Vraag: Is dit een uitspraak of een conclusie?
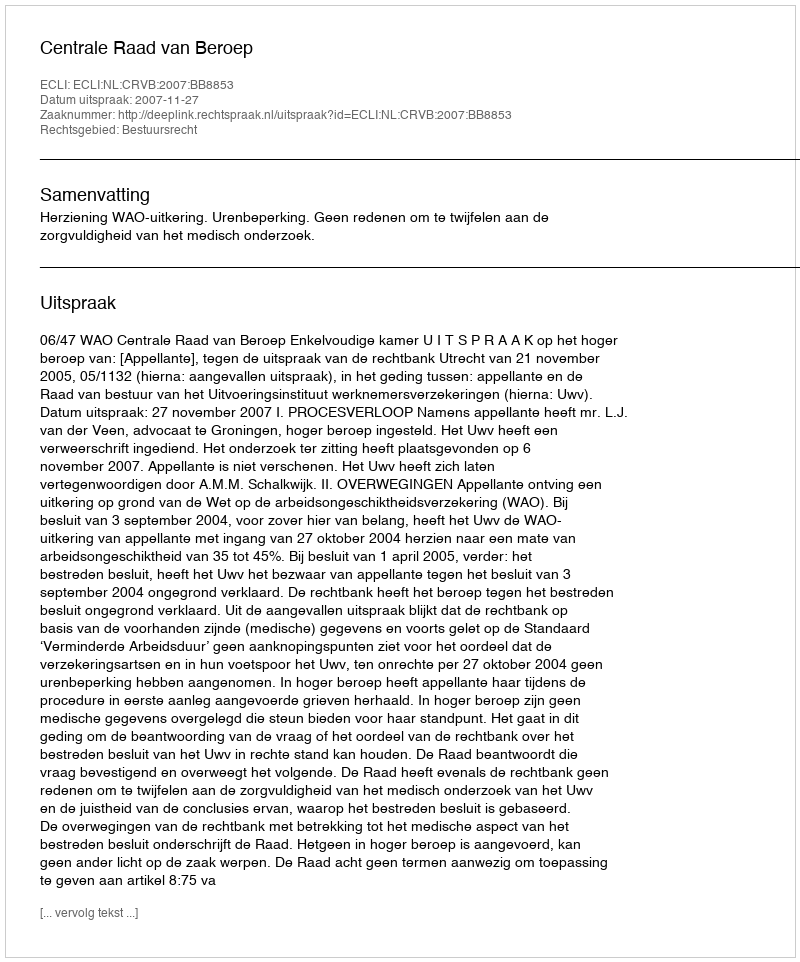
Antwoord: Uitspraak